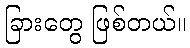
ခြားတွေ ဖြစ်တယ်။